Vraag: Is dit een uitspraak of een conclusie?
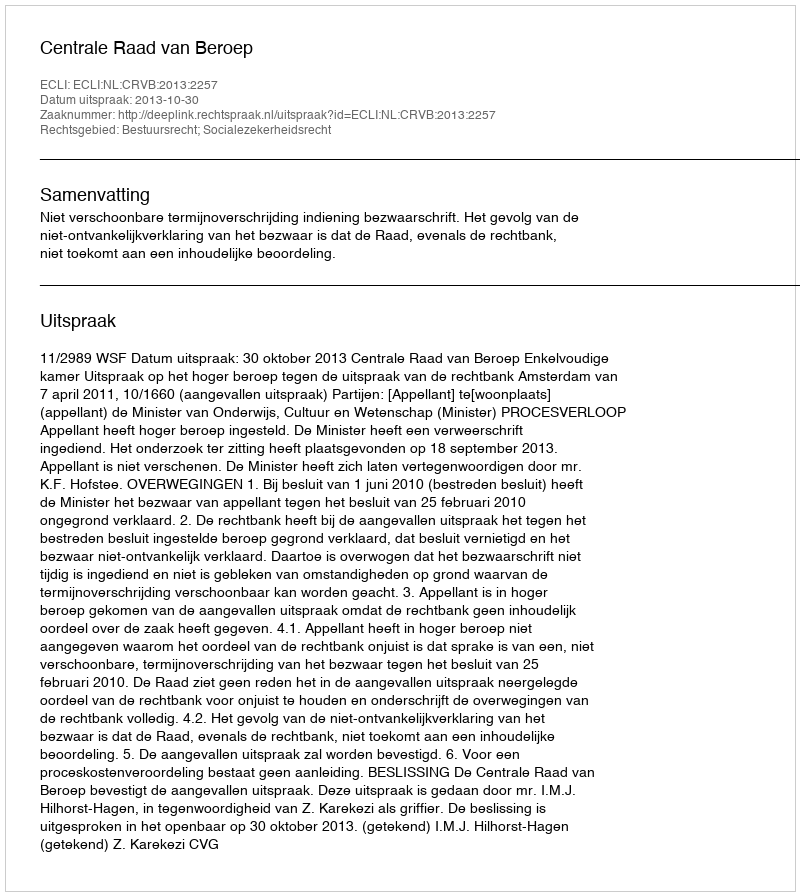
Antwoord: Uitspraak